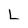
Character: L